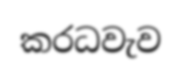
කරධවැව